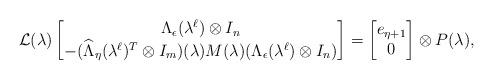
LaTeX: \begin{align*}\mathcal{L}(\lambda)\begin{bmatrix}\Lambda_\epsilon(\lambda^\ell)\otimes I_n \\-(\widehat{\Lambda}_\eta(\lambda^\ell)^T\otimes I_m)(\lambda)M(\lambda)(\Lambda_\epsilon(\lambda^\ell)\otimes I_n)\end{bmatrix}=\begin{bmatrix}e_{\eta+1} \\ 0\end{bmatrix}\otimes P(\lambda),\end{align*}